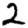
Digit: 2